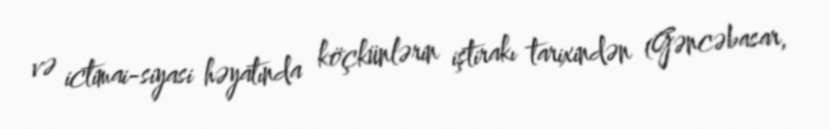
və ictimai-siyasi həyatında köçkünlərin iştirakı tarixindən (Gəncəbasar,